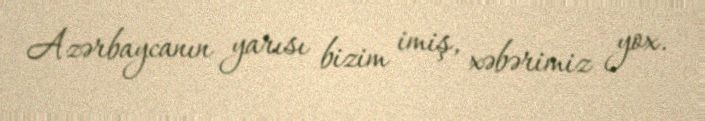
Azərbaycanın yarısı bizim imiş, xəbərimiz yox.